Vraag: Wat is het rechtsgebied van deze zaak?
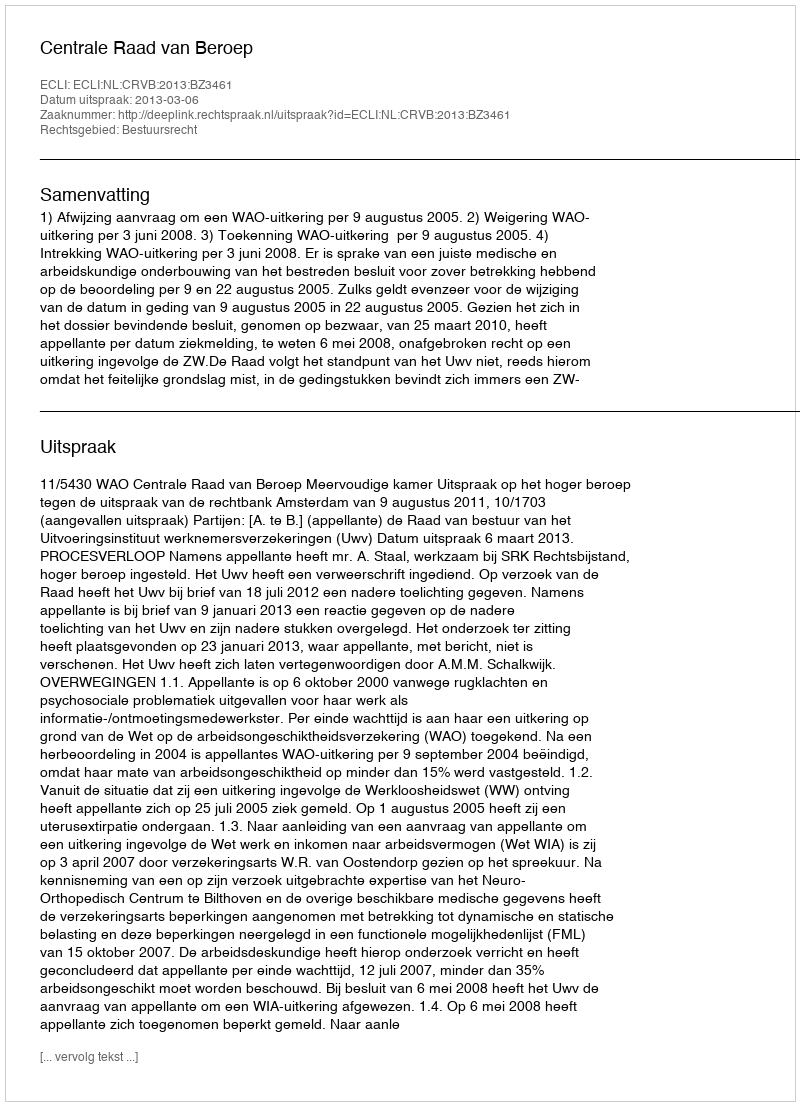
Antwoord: Bestuursrecht